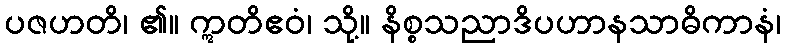
ပဇဟတိ၊ ၏။ ဣတိဧဝံ၊ သို့။ နိစ္စသညာဒိပဟာနသာဓိကာနံ၊